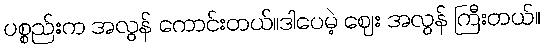
ပစ္စည်းက အလွန် ကောင်းတယ်။ဒါပေမဲ့ ဈေး အလွန် ကြီးတယ်။